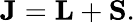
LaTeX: \mathbf{J}=\mathbf{L}+\mathbf{S}.